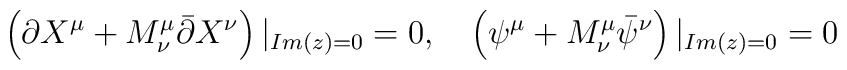
\left(\partial X^\mu+M^\mu_\nu  \bar{\partial}X^\nu\right)|_{Im(z)=0}=0,\quad \left(\psi^\mu+M^\mu_\nu \bar{\psi}^\nu\right)|_{Im(z)=0}=0